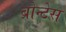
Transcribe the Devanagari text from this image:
ब्रोन्टेस